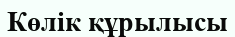
Көлік құрылысы